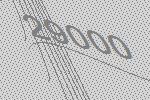
29000